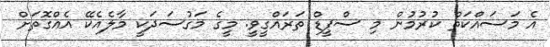
އެ މަސައްކަތް ކުރުމުން މި ސްޕީޑް ތަރައްގީވީ. މީގެ މަގުސަދަކީ މާލެއެކޭ އެއްގޮތަށް